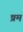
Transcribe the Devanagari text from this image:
ष्रम